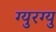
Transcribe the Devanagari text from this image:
ग्युरग्यु